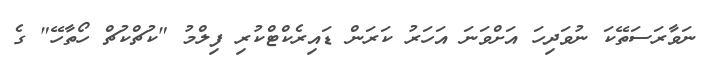
ނަވާރަސަތޭކަ ނުވަދިހަ އަށްވަނަ އަހަރު ކަރަން ޑައިރެކްޓްކުރި ފިލްމު "ކުޗްކުޗް ހޯތާހޭ" ގެ